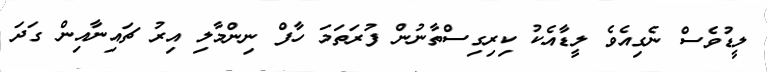
ލީޑުވެސް ނެގިއެވެ ލީޑާއެކު ކިރިގިސްތާނުން ފުރަތަމަ ހާފް ނިންމާލި އިރު ޗައިނާއިން ގަދަ